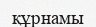
құрнамы